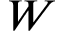
W